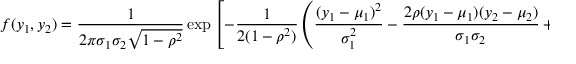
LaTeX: f ( y _ { 1 } , y _ { 2 } ) = { \frac { 1 } { 2 \pi \sigma _ { 1 } \sigma _ { 2 } { \sqrt { 1 - \rho ^ { 2 } } } } } \exp \left[ - { \frac { 1 } { 2 ( 1 - \rho ^ { 2 } ) } } \left( { \frac { ( y _ { 1 } - \mu _ { 1 } ) ^ { 2 } } { \sigma _ { 1 } ^ { 2 } } } - { \frac { 2 \rho ( y _ { 1 } - \mu _ { 1 } ) ( y _ { 2 } - \mu _ { 2 } ) } { \sigma _ { 1 } \sigma _ { 2 } } } + { \frac { ( y _ { 2 } - \mu _ { 2 } ) ^ { 2 } } { \sigma _ { 2 } ^ { 2 } } } \right) \right]